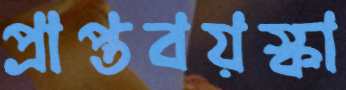
প্রাপ্তবয়স্কা